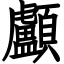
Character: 顱